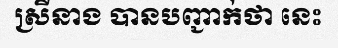
ស្រីនាង បានបញ្ជាក់ថា នេះ